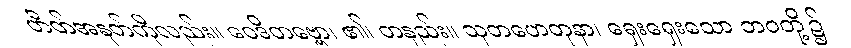
ဟိတ်အနက်ကိုလည်း။ ဝေဒိတဗ္ဗော၊ ၏၊ တနည်း။ သုတဟေတုနာ၊ ရှေးရှေးသော ဘဝတို့၌